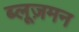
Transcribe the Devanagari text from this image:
ब्लूज़मन